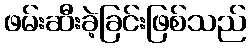
ဖမ်းဆီးခဲ့ခြင်းဖြစ်သည်